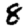
Digit: 8